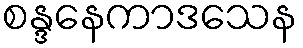
စန္ဒနေကာဒသေန